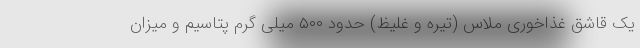
یک قاشق غذاخوری ملاس (تیره و غلیظ) حدود ۵۰۰ میلی گرم پتاسیم و میزان